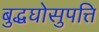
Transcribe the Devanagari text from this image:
बुद्धघोसुपत्ति